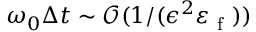
\omega _ { 0 } \Delta t \sim \mathcal { O } ( 1 / ( \epsilon ^ { 2 } \varepsilon _ { \mathrm { ~ f ~ } } ) )